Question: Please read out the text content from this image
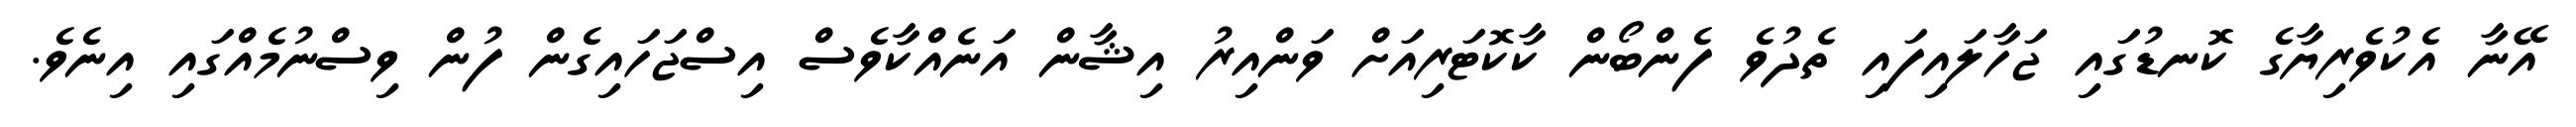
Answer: އޭނާ އެކުވެރިޔާގެ ކޮނޑުގައި ޖަހާލައިފައި ތެދުވެ ފެންބޯން ކާކޮޓަރިއަށް ވަންއިރު އިޝާން އަނެއްކާވެސް އިސްޖަހައިގެން ފުން ވިސްނުމެއްގައި އިނެވެ.